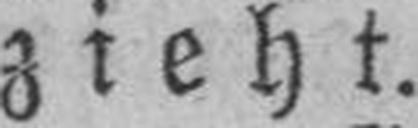
zieht.